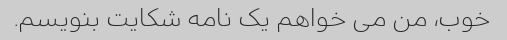
خوب، من می خواهم یک نامه شکایت بنویسم.